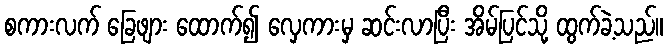
စကားလက် ခြေဖျား ထောက်၍ လှေကားမှ ဆင်းလာပြီး အိမ်ပြင်သို့ ထွက်ခဲ့သည်။